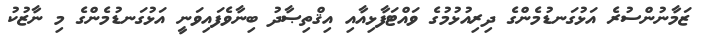
ޒަމާނުންސުރެ އަޅުގަނޑުމެންގެ ދިރިއުޅުމުގެ ވައްޓަފާޅިއާއި އިޤްތިޞާދު ބިނާވެފައިވަނީ އަޅުގަނޑުމެންގެ މި ނާޒުކު